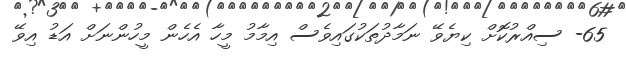
65- ސިއްރުކޮށް ކިޔެވޭ ނަމާދުތަކުގައިވެސް އިމާމު މީހާ އެހެން މީހުންނަށް އަޑު އިވޭ